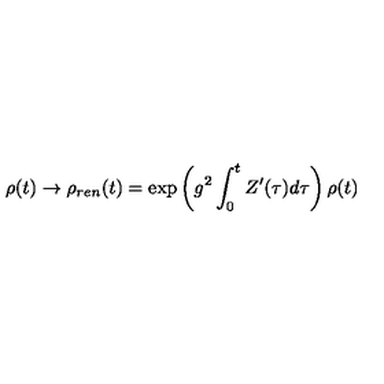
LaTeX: \rho ( t ) \rightarrow \rho _ { r e n } ( t ) = \exp \left( g ^ { 2 } \int _ { 0 } ^ { t } Z ^ { \prime } ( \tau ) d \tau \right) \rho ( t )